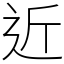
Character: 近